Lunatic asylums Punjab 1868-1880 - 1868-1880
Year: 1868
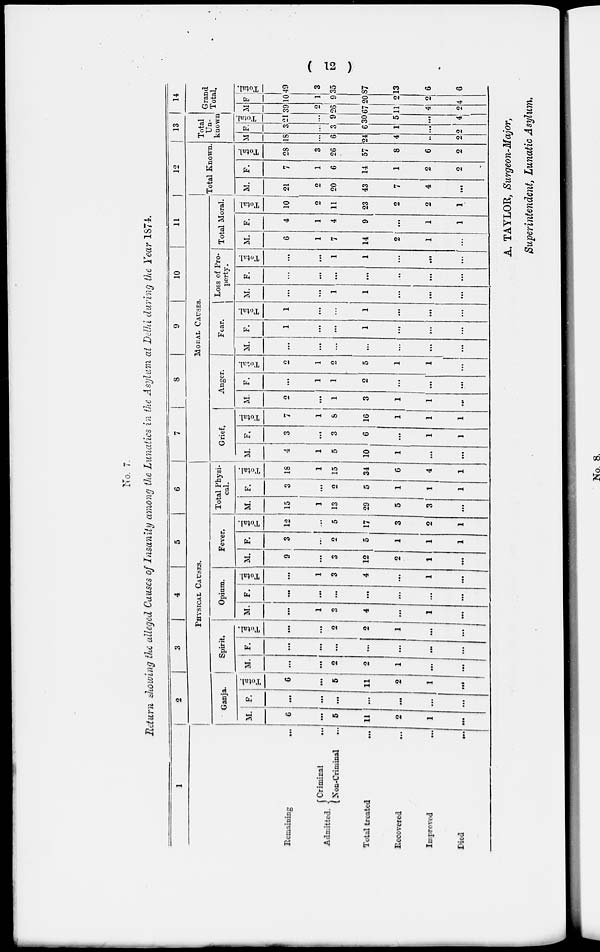
( 12 )
No. 7.
Return showing the alleged Causes of Insanity among the Lunatics in the Asylum at Delhi during the Year 1874
1
Remaining
...
(Criminal
...
Admitted.
( Non-Criminal ...
Total treated ...
Recovered
...
Improved
...
Died ...
2
3
4
5
6
PHYSICAL CAUSES.
Ganja.
M.
6
...
5
11
2
1
...
F.
...
...
...
...
...
. . .
...
Total.
6
...
5
11
2
1
...
Spirit,
M.
...
...
2
2
1
...
...
F.
...
...
...
...
...
...
...
Total.
...
...
2
2
1
...
...
Opium.
M.
...
1
3
4
...
1
...
F.
...
...
...
...
...
...
...
Total.
...
1
3
4
...
1
...
Fever.
M.
9
...
3
12
2
1
...
F.
3
...
2
5
1
1
1
Total.
12
...
5
17
3
2
1
Total Physi-
cal.
M.
15
1
13
29
5
3
...
F.
3
...
2
5
1
1
1
Total.
18
1
15
34
6
4
1
7
8
9
10
11
MORAL CAUSES.
Grief
M.
4
1
5
10
1
...
...
F.
3
...
3
6
...
1
1
Total.
7
1
8
16
1
1
1
Anger.
M.
2
...
1
3
1
1
...
F.
...
1
1
2
...
...
...
Total.
2
1
2
5
1
1
...
Fear.
M.
...
...
...
...
...
...
F.
1
...
...
1
...
...
...
Total.
1
...
1
...
...
...
Loss of pro-
perty.
M.
...
...
1
1
...
...
...
F.
...
...
...
...
...
...
Total.
...
...
1
1
...
...
...
Total Moral.
M.
6
1
7
14
2
1
...
F.
4
1
4
9
...
1
1
Total
10
2
11
23
2
2
1
12
Total Known.
M.
21
2
20
43
7
4
...
F.
7
1
6
14
1
2
2
Total.
28
3
26
57
8
6
2
13
Total
Un-
known
M
18
...
6
24
4
...
2
F.
3
...
3
6
1
...
2
Total.
21
...
9
30
5
...
4
14
Grand
Total.
M
39
2
26
67
11
4
2
F
10
1
9
20
2
2
4
Total.
49
3
35
87
13
6
6
A, TAYLOR, Surgeon-Major,
Superintendent, Lunatic Asylum.